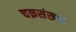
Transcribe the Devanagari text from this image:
चक्रसंख्या